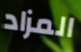
المزاد